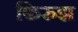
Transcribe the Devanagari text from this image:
फिरुझ